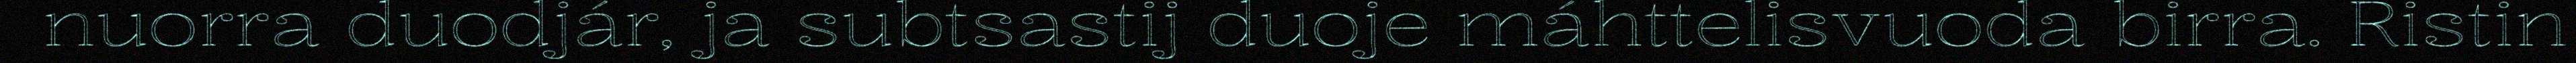
nuorra duodjár, ja subtsastij duoje máhttelisvuoda birra. Ristin